Vaccination in Bombay 1856-1862 - 1856-1862
Year: 1856
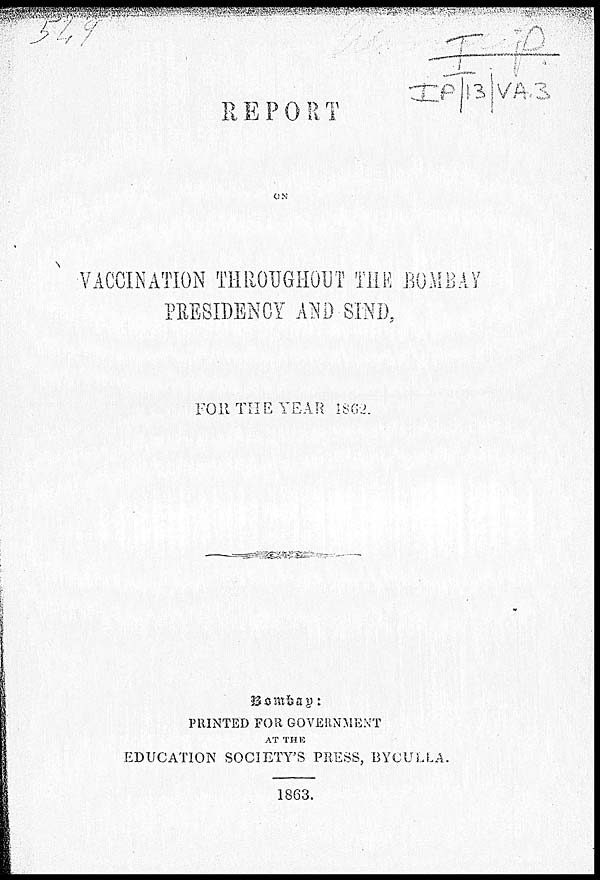
REPORT
ON
VACCINATION THROUGHOUT THE BOMBAY
PRESIDENCY AND SIND,
FOR THE YEAR 1862.
Bombay:
PRINTED FOR GOVERNMENT
AT THE
EDUCATION SOCIETY'S PRESS, BYCULLA.
1863.